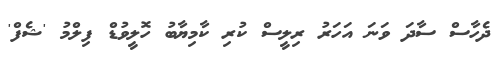
ދެހާސް ސާދަ ވަނަ އަހަރު ރިލީސް ކުރި ކާމިޔާބު ހޮލީވުޑް ފިލްމު 'ޝެފް'